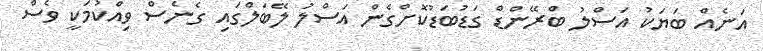
އަނެއް ބަޔަކު އަސްލު ބްރޭންޑް ގަޑުބަޑުކޮށްގެން އަސްލު ލޭބަލްގައި ގެނެސް ވިއްކުމަކީ ވެސް